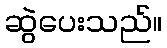
ဆွဲပေးသည်။